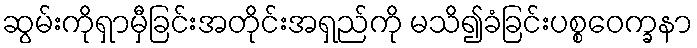
ဆွမ်းကိုရှာမှီခြင်းအတိုင်းအရှည်ကို မသိ၍ခံခြင်းပစ္စဝေက္ခနာ